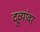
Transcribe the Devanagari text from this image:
दूव्यांवर